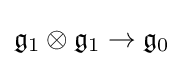
{\mathfrak {g}}_{1}\otimes {\mathfrak {g}}_{1}\rightarrow {\mathfrak {g}}_{0}